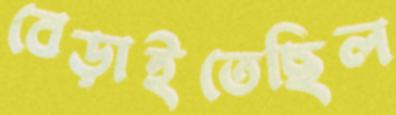
বেড়াইতেছিল